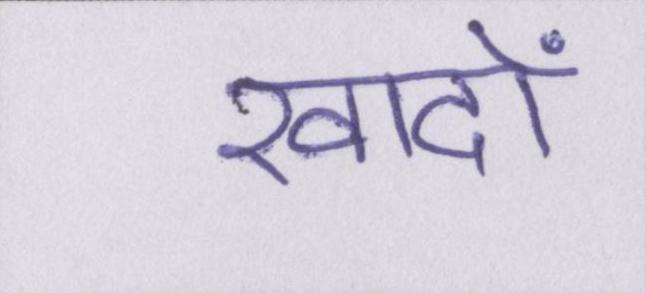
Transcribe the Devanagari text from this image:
खादों